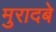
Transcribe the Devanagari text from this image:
मुरादबे